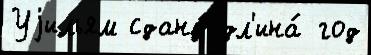
Уjильям сданы́ дл'ина́ год